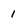
Character: 1